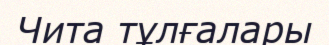
Чита тұлғалары